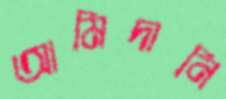
আমিদানি